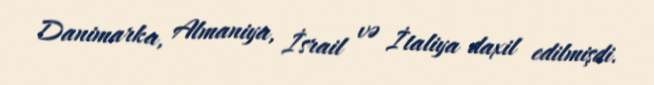
Danimarka, Almaniya, İsrail və İtaliya daxil edilmişdi.